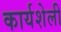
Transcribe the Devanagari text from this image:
कार्यशेली